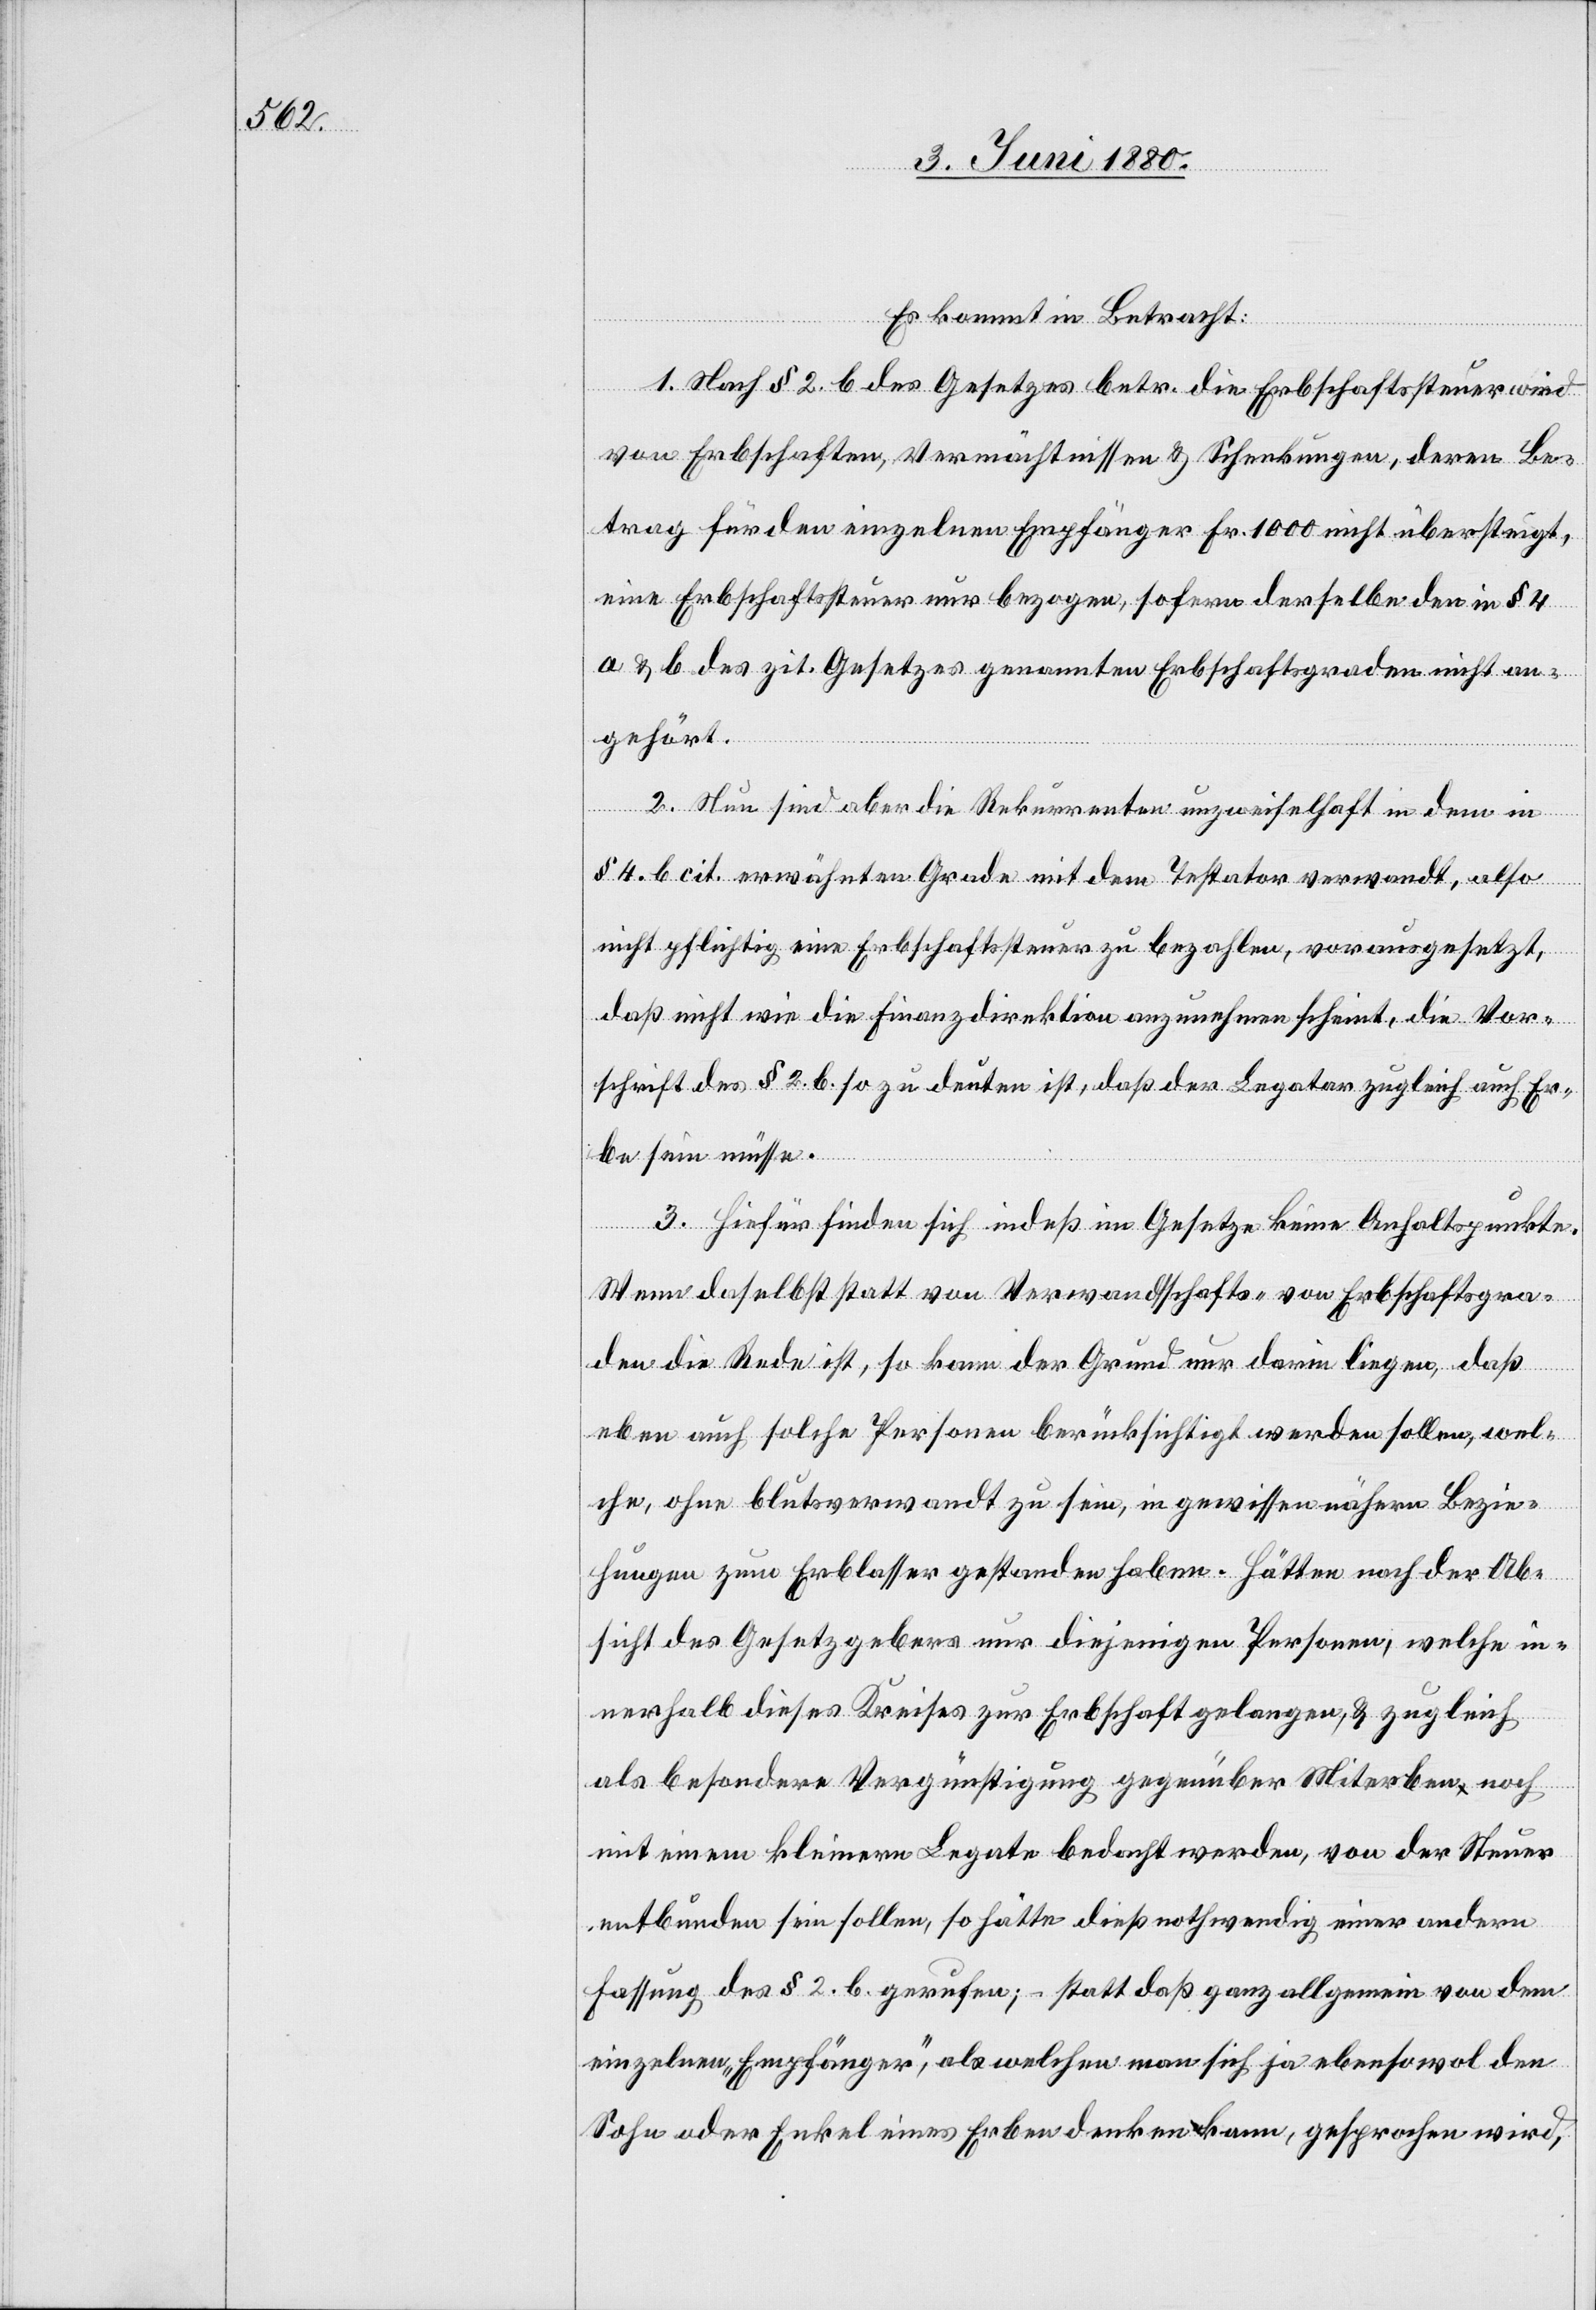
Es kommt in Betracht:
1. Nach § 2 b. des Gesetzes betr. die Erbschaftssteuer wird
von Erbschaften, Vemächtnissen & Schenkungen, deren Be¬
trag für den einzelnen Empfänger Fr. 1000 nicht übersteigt,
eine Erbschaftssteuer nur bezogen, sofern derselbe den in § 4
a & b des zit. Gesetzes genannten Erbschaftsgraden nicht an¬
gehört.
2. Nun sind aber die Rekurrenten unzweifelhaft in dem in
§ 4 b. cit. erwähnten Grade mit dem Testator verwandt, also
nicht pflichtig eine Erbschaftssteuer zu bezahlen, vorausgesetzt,
daß nicht wie die Finanzdirektion anzunehmen scheint, die Vor¬
schrift des § 2. b. so zu deuten ist, daß der Legator zugleich auch Er¬
be sein müsse.
3. Hiefür finden sich indeß im Gesetze keine Anhaltspunkte.
Wenn daselbst statt von Verwandtschafts- von Erbschaftsgra¬
den die Rede ist, so kann der Grund nur darin liegen, daß
eben auch solche Personen berücksichtigt werden sollen, wel¬
che, ohne blutsverwandt zu sein, in gewissen nähern Bezie¬
hungen zum Erblasser gestanden haben. Hätten nach der Ab¬
sicht des Gesetzgebers nur diejenigen Personen, welche in¬
nerhalb dieses Kreises zur Erbschaft gelangen & zugleich
als besondere Vergünstigung gegenüber Miterben noch
mit einem kleinern Legate bedacht werden, von der Steuer
entbunden sein sollen, so hätte dieß nothwendig einer andern
Fassung des § 2. b. gerufen; – statt daß ganz allgemein von dem
einzelnen „Empfänger“, als welchen man sich ja ebensowol den
Sohn oder Enkel eines Erben denken kann, gesprochen wird,